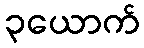
၃ယောက်